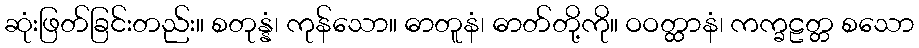
ဆုံးဖြတ်ခြင်းတည်း။ စတုန္နံ၊ ကုန်သော။ ဓာတူနံ၊ ဓာတ်တို့ကို။ ဝဝတ္ထာနံ၊ ကက္ခဠတ္တ စသော